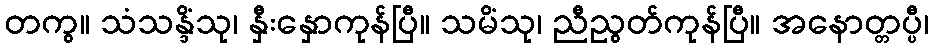
တကွ။ သံသန္ဒိံသု၊ နှီးနှောကုန်ပြီ။ သမိံသု၊ ညီညွတ်ကုန်ပြီ။ အနောတ္တပ္ပီ၊